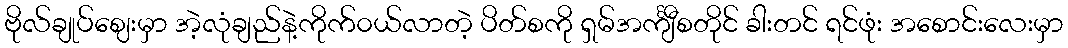
ဗိုလ်ချုပ်ဈေးမှာ အဲ့လုံချည်နဲ့ကိုက်၀ယ်လာတဲ့ ပိတ်စကို ရှမ်အင်္ကျီစတိုင် ခါးတင် ရင်ဖုံး အစောင်းလေးမှာ